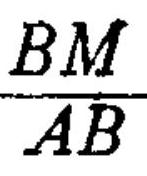
$\begin{matrix}BM\\AB\end{matrix}$